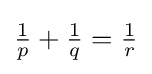
{\tfrac {1}{p}}+{\tfrac {1}{q}}={\tfrac {1}{r}}